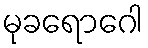
မုခရောဂေါ